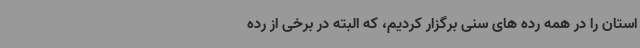
استان را در همه رده های سنی برگزار کردیم، که البته در برخی از رده